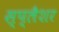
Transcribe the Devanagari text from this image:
स्प्लैशर